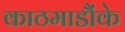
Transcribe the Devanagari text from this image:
काठमाडौंके